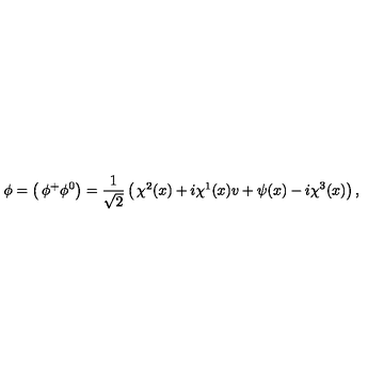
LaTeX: \phi = \left( \begin{matrix} { \phi ^ { + } } \\ { \phi ^ { 0 } } \\ \end{matrix} \right) = \frac { 1 } { \sqrt { 2 } } \left( \begin{matrix} { \chi ^ { 2 } ( x ) + i \chi ^ { 1 } ( x ) } \\ { v + \psi ( x ) - i \chi ^ { 3 } ( x ) } \\ \end{matrix} \right) ,